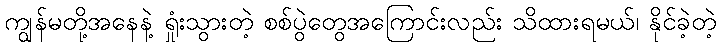
ကျွန်မတို့အနေနဲ့ ရှုံးသွားတဲ့ စစ်ပွဲတွေအကြောင်းလည်း သိထားရမယ်၊ နိုင်ခဲ့တဲ့